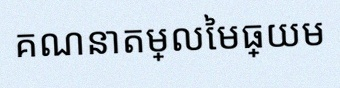
គណនាតម្លៃមធ្យម